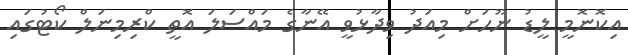
އިކޮނޮމީ ލީޑު ނޫހަށް މިއަދު ވިދާޅުވީ އޭނާގެ މައްސަލަ އޮތީ ކްރިމިނަލް ކޯޓުގައި